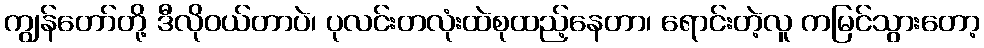
ကျွန်တော်တို့ ဒီလိုဝယ်တာပဲ၊ ပုလင်းတလုံးထဲစုထည့်နေတာ၊ ရောင်းတဲ့လူ ကမြင်သွားတော့